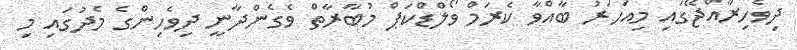
ދިވެހިރާއްޖޭގައި މިއަހަރު ބާއްވާ ކެރަމް ވޯލްޑްކަޕް މުބާރާތް ވެގެންދާނީ ދިވެހިންގެ މެދުގައި މި